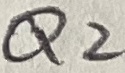
Text: Q2